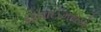
હવાઈમથકો